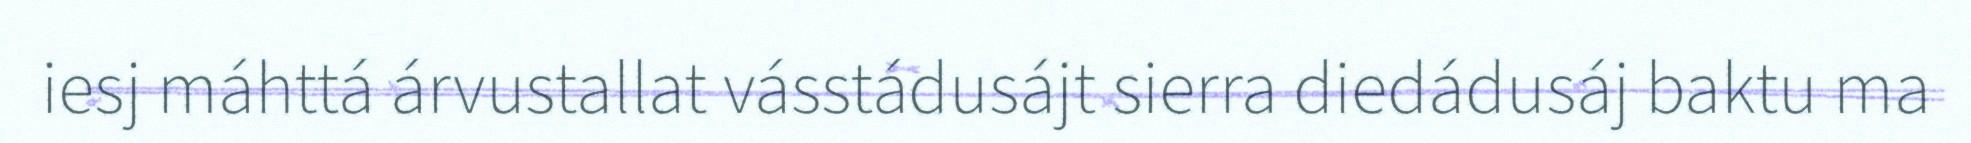
iesj máhttá árvustallat vásstádusájt sierra diedádusáj baktu ma